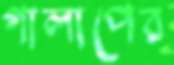
গালাপের